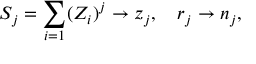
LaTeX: S _ { j } = \sum _ { i = 1 } ( Z _ { i } ) ^ { j } \rightarrow z _ { j } , ~ ~ ~ r _ { j } \rightarrow n _ { j } ,